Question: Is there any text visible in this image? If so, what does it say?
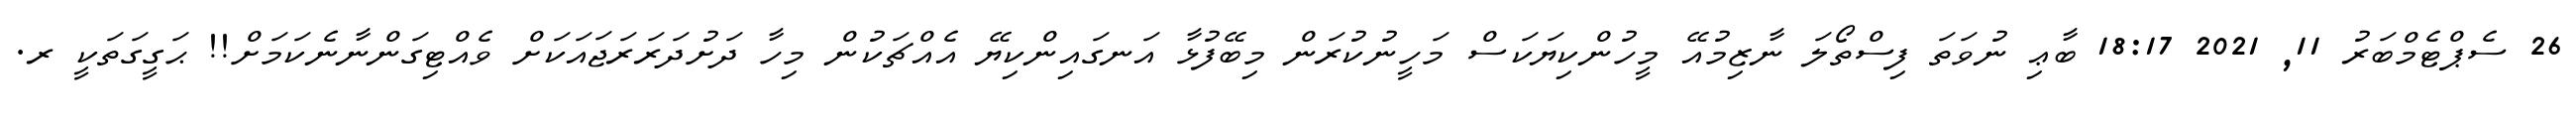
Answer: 26 ސެޕްޓެމްބަރު 11, 2021 18:17 ބާޢި ނުވަތަ ފިސްތޯލަ ނާޒިމުއޭ މީހުންކިޔަކަސް މަހީނުކުރަން މިބޭފުޅާ އަނގައިންކިޔޭ އެއްޗަކުން މިހާ ދަށުދަރަރަޖައަކަށް ވެއްޓިގަންނާނެކަމަށް!! ޙަގީގަތަކީ ރ.